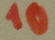
Text: 10